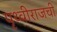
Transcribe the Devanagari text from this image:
पृथ्वीराजची